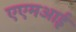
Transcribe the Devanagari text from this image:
एएमआई